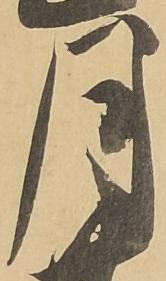
月